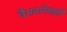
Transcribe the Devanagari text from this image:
वैभवापेक्षाही